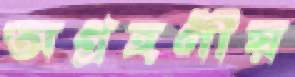
অগ্রহণীয়